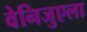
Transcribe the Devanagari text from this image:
वेनिजुएला